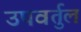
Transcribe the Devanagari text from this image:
उपवर्तुल